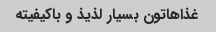
غذاهاتون بسیار لذیذ و باکیفیته